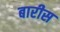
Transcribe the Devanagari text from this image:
बारीस